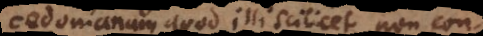
cedonianum, quod illi scilicet non conc